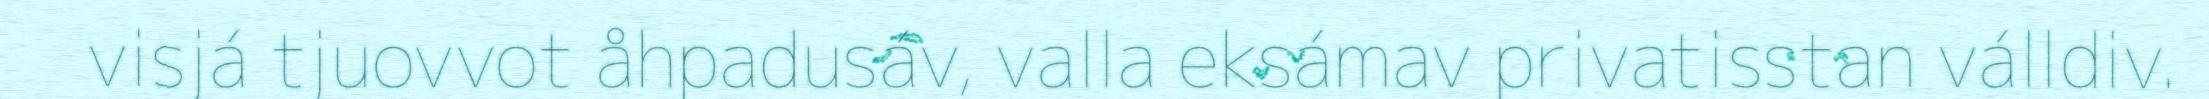
visjá tjuovvot åhpadusáv, valla eksámav privatisstan válldiv.